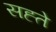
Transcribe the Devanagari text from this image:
सह्ते